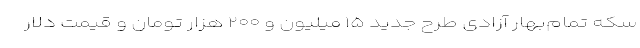
سکه تمام‌بهار آزادی طرح جدید ۱۵ میلیون و ۲۰۰ هزار تومان و قیمت دلار